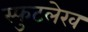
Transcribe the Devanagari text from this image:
स्फुटलेख